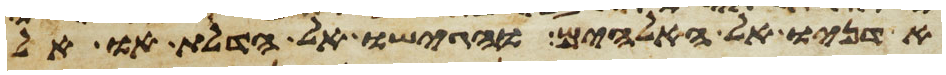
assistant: אדניו אל האלהים והגישו אל הדלת או אל